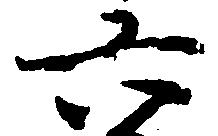
六